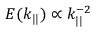
E ( k _ { | | } ) \propto k _ { | | } ^ { - 2 }